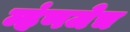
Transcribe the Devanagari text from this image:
म्हंणजेच